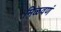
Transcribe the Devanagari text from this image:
मिळवणं